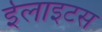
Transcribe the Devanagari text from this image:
ईलाइटस